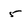
Character: 5